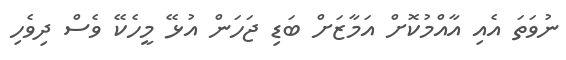
ނުވަތަ އެއި އާއްމުކޮށް އަމާޒަށް ބަޑި ޖަހަން އުޅޭ މީހެކޭ ވެސް ދިވެހި